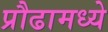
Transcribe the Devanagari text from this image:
प्रौढामध्ये